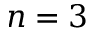
n = 3